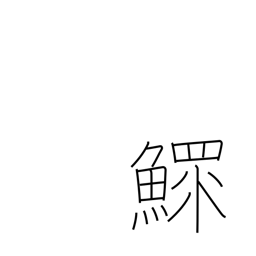
Meaning: widower